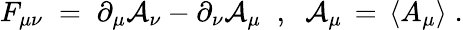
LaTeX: F_{\mu\nu}\; =\; \partial_{\mu}{\mathcal A}_{\nu}-\partial_{\nu}{\mathcal A}_{\mu}\; \; ,\; \; {\mathcal A}_{\mu}\, =\, \langle A_{\mu}\rangle\; .